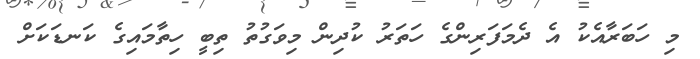
މި ހަބަރާއެކު އެ ދެމަފަރިންގެ ހަތަރު ކުދިން މިވަގުތު ތިބީ ހިތާމައިގެ ކަނޑަކަށް